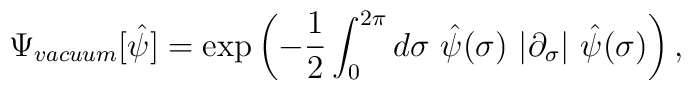
\Psi _{vacuum}[\hat \psi ]=\exp \left( -{\frac 12}\int_0^{2\pi }d\sigma{}~\hat \psi (\sigma )~|\partial _\sigma |~\hat \psi (\sigma )\right) ,